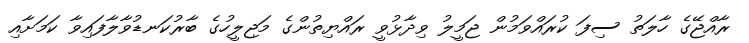
ރާއްޖޭގެ ހާލަތު ސިފަ ކުރައްވަމުން ޖަމީލު ވިދާޅުވީ ރަައްޔިތުންގެ މަޖިލީހުގެ ބާރުކަނޑުވާލާފައިވާ ކަމަށާއި